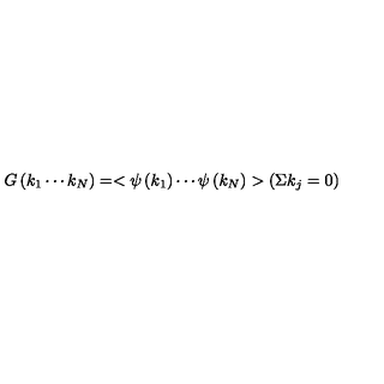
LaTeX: G \left( k _ { 1 } \cdots k _ { N } \right) = < \psi \left( k _ { 1 } \right) \cdots \psi \left( k _ { N } \right) > \left( \Sigma k _ { j } = 0 \right)